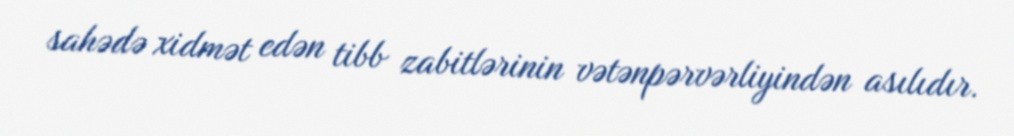
sahədə xidmət edən tibb zabitlərinin vətənpərvərliyindən asılıdır.